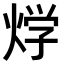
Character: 𤊀